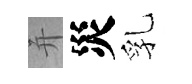
并災乳